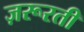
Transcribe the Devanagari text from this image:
ज़रूरती